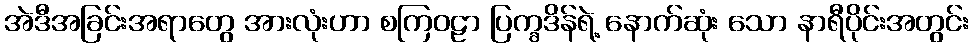
အဲဒီအခြင်းအရာတွေ အားလုံးဟာ စကြဝဠာ ပြက္ခဒိန်ရဲ့ နောက်ဆုံး သော နာရီပိုင်းအတွင်း